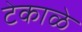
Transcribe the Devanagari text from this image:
टेकाळे